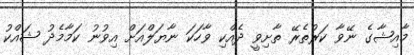
މާއިޝާގެ ނޭވާ ކަރުތެރޭ ތާށިވީ ދެއްކި ވާހަކަ ނާޔަލްއަށް އިވުނު ކަމާމެދު ޝައްކު